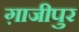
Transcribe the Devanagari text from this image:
ग़ाजीपुर